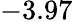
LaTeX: -3.97